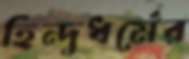
হিন্দুধর্মের